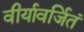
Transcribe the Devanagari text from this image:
वीर्यावर्जितं